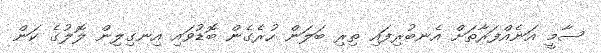
ސާމީ އަނެއްފަރާތަށް އެނބުރިފައި ތިރި ބަލަން ހުރެގެން ބޮޑުވައި އިނގިލިން ލޮލުގެ ކަން